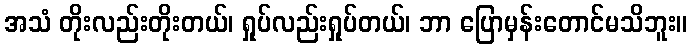
အသံ တိုးလည်းတိုးတယ်၊ ရှုပ်လည်းရှုပ်တယ်၊ ဘာ ပြောမှန်းတောင်မသိဘူး။